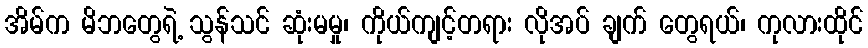
အိမ်က မိဘတွေရဲ့ သွန်သင် ဆုံးမမှု၊ ကိုယ်ကျင့်တရား လိုအပ် ချက် တွေရယ်၊ ကုလားထိုင်